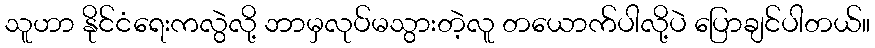
သူဟာ နိုင်ငံရေးကလွဲလို့ ဘာမှလုပ်မသွားတဲ့လူ တယောက်ပါလို့ပဲ ပြောချင်ပါတယ်။